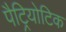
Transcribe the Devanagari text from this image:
पैट्रियोटिक